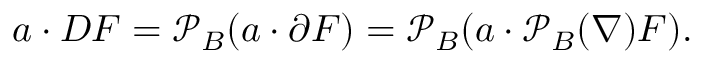
a \cdot D F = { \mathcal { P } } _ { B } ( a \cdot \partial F ) = { \mathcal { P } } _ { B } ( a \cdot { \mathcal { P } } _ { B } ( \nabla ) F ) .